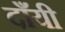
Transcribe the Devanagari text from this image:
दाँयी